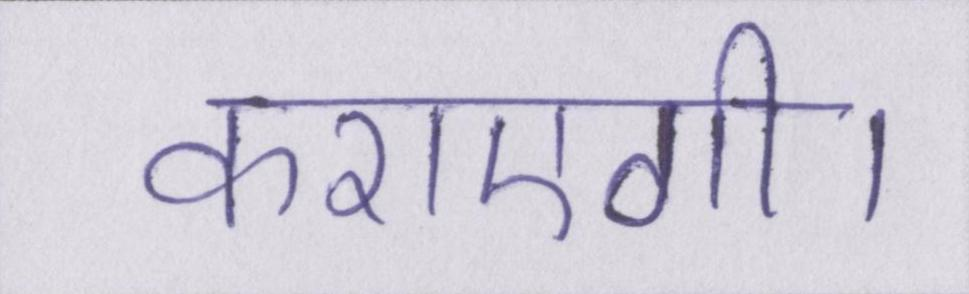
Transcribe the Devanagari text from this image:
कराएगी।